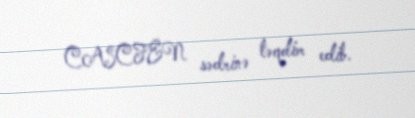
CASCFEN sədrinə təqdim edib.